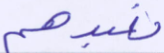
نعبدهم